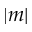
| m |